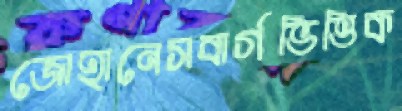
জোহানেসবার্গভিত্তিক